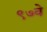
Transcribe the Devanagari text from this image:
९७वे